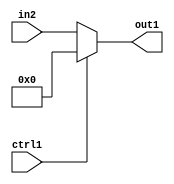
`timescale 1ps / 1ps
/*****************************************************************************
    Verilog RTL Description
    
    
    Created by: Stratus DpOpt 2019.1.01 
*******************************************************************************/

module st_weight_addr_gen_Muxi0u16u1_4_13 (
	in2,
	ctrl1,
	out1
	); /* architecture "behavioural" */ 
input [15:0] in2;
input  ctrl1;
output [15:0] out1;
wire [15:0] asc001;

reg [15:0] asc001_tmp_0;
assign asc001 = asc001_tmp_0;
always @ (ctrl1 or in2) begin
	case (ctrl1)
		1'B1 : asc001_tmp_0 = 16'B0000000000000000 ;
		default : asc001_tmp_0 = in2 ;
	endcase
end

assign out1 = asc001;
endmodule

/* CADENCE  uLjxSg4= : u9/ySgnWtBlWxVPRXgAZ4Og= ** DO NOT EDIT THIS LINE ******/